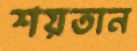
শয়তান